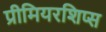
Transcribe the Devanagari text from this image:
प्रीमियरशिप्स